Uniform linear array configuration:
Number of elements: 8
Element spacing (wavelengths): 0.25
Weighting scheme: hann
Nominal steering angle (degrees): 45
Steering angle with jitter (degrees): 46.0
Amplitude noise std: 0.05
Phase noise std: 0.05

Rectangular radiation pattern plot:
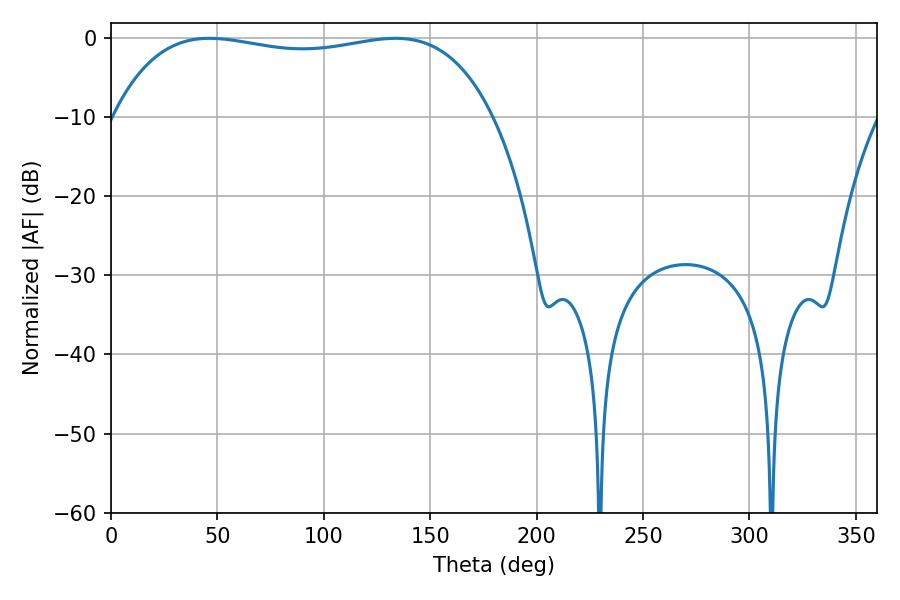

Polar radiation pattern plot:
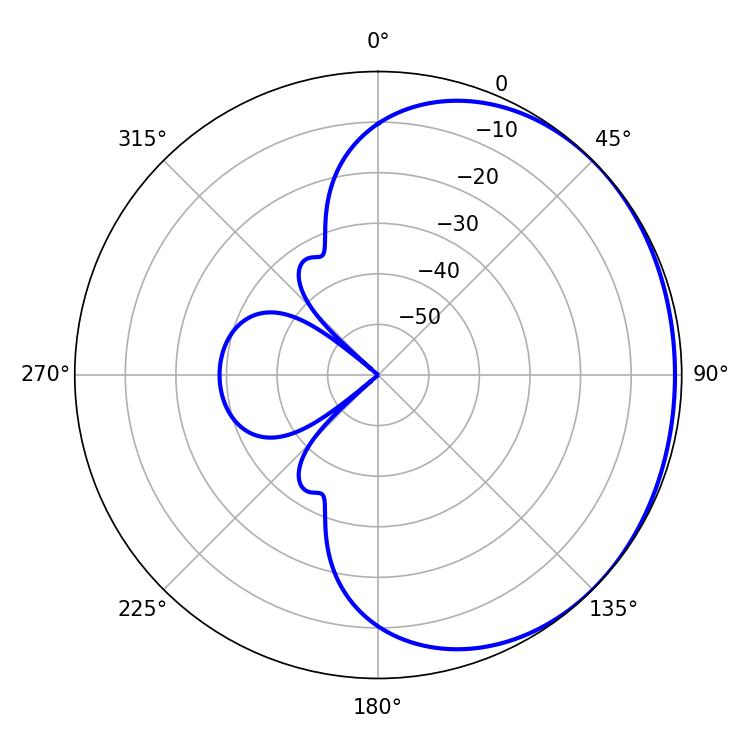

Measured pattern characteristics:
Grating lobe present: FALSE
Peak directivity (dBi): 0.8374
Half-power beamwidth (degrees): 143.28
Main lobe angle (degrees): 46.26